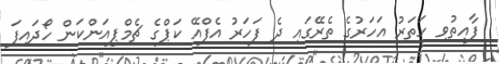
ފާއިތުވި ހަތަރު އަހަރުގެ ތެރޭގައި ދެ ފަހަރު އެފްއޭ ކަޕްގެ ޗެމްޕިއަންކަން ހޯދައިފަ